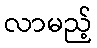
လာမည့်